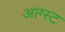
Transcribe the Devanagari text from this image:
आग्‍स्‍ट